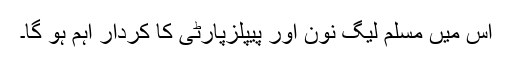
اس میں مسلم لیگ نون اور پیپلزپارٹی کا کردار اہم ہو گا۔